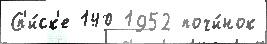
Сп'и́ск'е 140 1952 почи́нок